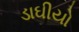
ડાઘીયો